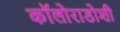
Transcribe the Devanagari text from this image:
कॉलोराडोशी